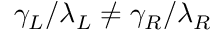
\gamma _ { L } / \lambda _ { L } \ne \gamma _ { R } / \lambda _ { R }